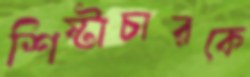
শিষ্টাচারকে